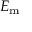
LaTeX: E _ { \mathrm { m } }